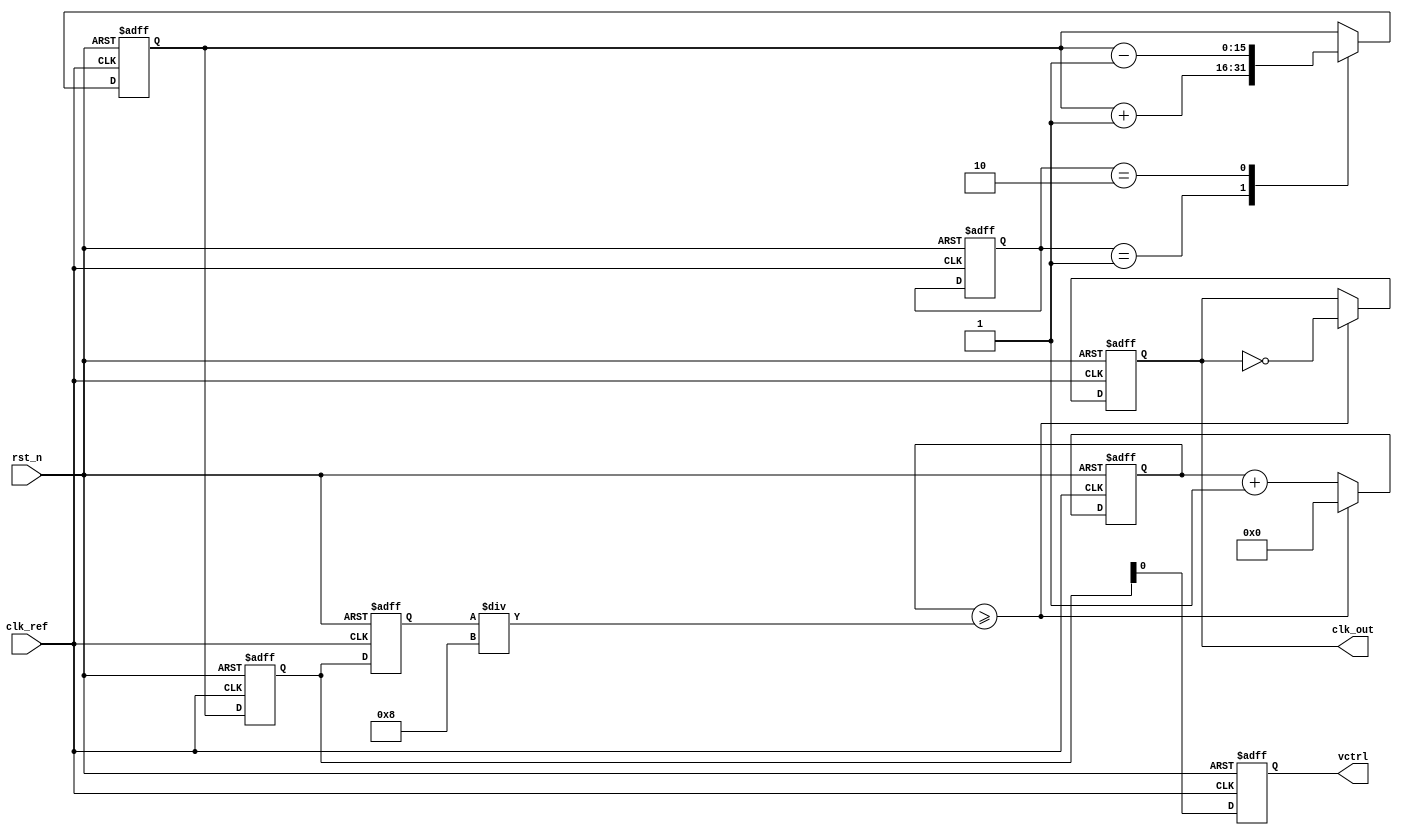
module frac_n_pll (
    input wire clk_ref,         // Reference clock input
    input wire rst_n,          // Active low reset
    output reg clk_out,        // Output clock
    output reg vctrl           // Control voltage for VCO
);

    // Parameters
    parameter N = 4;           // Integer division factor
    parameter M = 3;           // Fractional division factor (in a delta-sigma modulator form)
    parameter CLK_DIV = 8;     // Clock division for output frequency

    // Internal signals
    reg [1:0] pfd_out;         // PFD output (2 bits for UP/DOWN)
    reg [15:0] charge_pump;    // Charge pump output
    reg [15:0] loop_filter;     // Loop filter output
    reg [15:0] vco_freq;        // VCO frequency control
    reg [15:0] vco_counter;     // VCO counter for generating output clock
    reg [15:0] feedback_counter; // Feedback counter

    // PFD Logic
    always @(posedge clk_ref or negedge rst_n) begin
        if (!rst_n) begin
            pfd_out <= 2'b00;
        end else begin
            // PFD logic here (simplified)
            // Compare clk_ref and feedback signal (not shown)
            // Set pfd_out based on comparison
        end
    end

    // Charge Pump Logic
    always @(posedge clk_ref or negedge rst_n) begin
        if (!rst_n) begin
            charge_pump <= 16'b0;
        end else begin
            case (pfd_out)
                2'b01: charge_pump <= charge_pump + 1; // UP signal
                2'b10: charge_pump <= charge_pump - 1; // DOWN signal
                default: charge_pump <= charge_pump;    // No change
            endcase
        end
    end

    // Loop Filter Logic (simple integrator)
    always @(posedge clk_ref or negedge rst_n) begin
        if (!rst_n) begin
            loop_filter <= 16'b0;
        end else begin
            loop_filter <= charge_pump; // Simple direct mapping for demonstration
        end
    end

    // VCO Logic
    always @(posedge clk_ref or negedge rst_n) begin
        if (!rst_n) begin
            vco_freq <= 16'b0;
            clk_out <= 1'b0;
            vco_counter <= 16'b0;
        end else begin
            vco_freq <= loop_filter; // Control frequency based on loop filter
            // VCO output generation logic
            vco_counter <= vco_counter + 1;
            if (vco_counter >= (vco_freq / CLK_DIV)) begin
                clk_out <= ~clk_out; // Toggle output clock
                vco_counter <= 16'b0;
            end
        end
    end

    // Feedback Divider Logic
    always @(posedge clk_out or negedge rst_n) begin
        if (!rst_n) begin
            feedback_counter <= 16'b0;
        end else begin
            feedback_counter <= feedback_counter + 1;
            if (feedback_counter >= N) begin
                feedback_counter <= 16'b0;
                // PFD would compare with clk_ref here (not shown)
            end
        end
    end

    // Control Voltage Output
    always @(posedge clk_ref or negedge rst_n) begin
        if (!rst_n) begin
            vctrl <= 1'b0;
        end else begin
            vctrl <= loop_filter[15:0]; // Output control voltage
        end
    end

endmodule